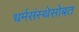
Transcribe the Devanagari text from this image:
धर्मसंस्थेसोबत